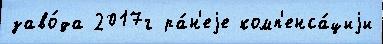
заво́да 2017г ра́н'еjе комп'енса́циjи